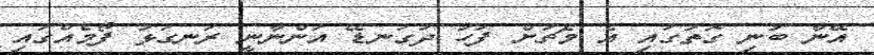
އޭނާ ބުނި ގޮތުގައި އެ މެޗަށް ފަހު ދަގަނޑޭ އަންނާނީ ރަނގަޅު ފޯމެއްގައި